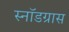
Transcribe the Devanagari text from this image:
स्नॉडग्रास